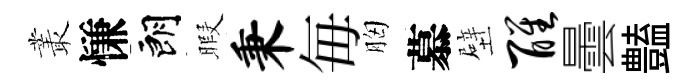
叢慊朗暇秉毎胸慕壁醒曇𧰟